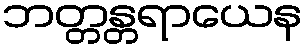
ဘတ္တန္တရာယေန